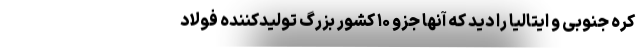
کره جنوبی و ایتالیا را دید که آنها جزو ۱۰ کشور بزرگ تولیدکننده فولاد